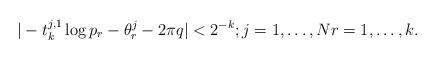
LaTeX: \begin{align*} |-t_k^{j,1}\log p_r -\theta_r^j -2\pi q|<2^{-k}; j=1,\dots,N r=1,\dots,k. \end{align*}